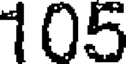
105